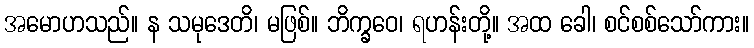
အမောဟသည်။ န သမုဒေတိ၊ မဖြစ်။ ဘိက္ခဝေ၊ ရဟန်းတို့။ အထ ခေါ၊ စင်စစ်သော်ကား။